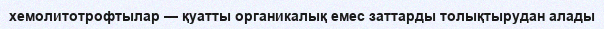
хемолитотрофтылар — қуатты органикалық емес заттарды толықтырудан алады